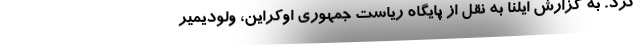
کرد. به گزارش ایلنا به نقل از پایگاه ریاست جمهوری اوکراین، ولودیمیر